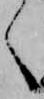
く